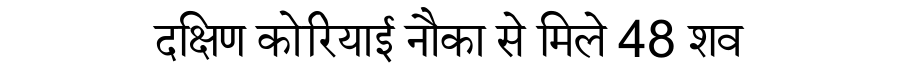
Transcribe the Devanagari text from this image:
दक्षिण कोरियाई नौका से मिले 48 शव